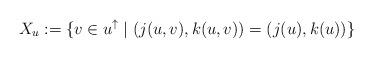
LaTeX: \begin{align*} X_u := \{v \in u^\uparrow \mid (j(u,v), k(u,v)) = (j(u),k(u))\} \end{align*}